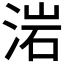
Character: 𣷰